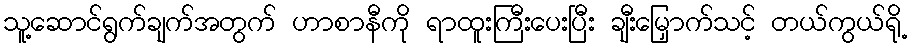
သူ့ဆောင်ရွက်ချက်အတွက် ဟာစာနီကို ရာထူးကြီးပေးပြီး ချီးမြှောက်သင့် တယ်ကွယ်ရို့